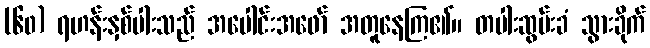
(၆၀) ရဟန်းနှစ်ပါးသည် အပေါင်းအဖော် အတူနေကြ၏။ တပါးဆွမ်းခံ သွားခိုက်